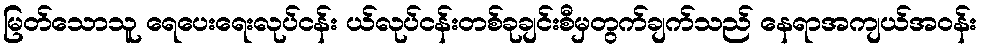
မြတ်သောသူ ရေပေးရေးလုပ်ငန်း ယ်လုပ်ငန်းတစ်ခုချင်းစီမှတွက်ချက်သည် နေရာအကျယ်အဝန်း